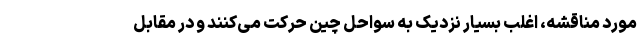
مورد مناقشه، اغلب بسیار نزدیک به سواحل چین حرکت می‌کنند و در مقابل